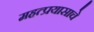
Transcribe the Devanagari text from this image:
महत्प्रयासाचे